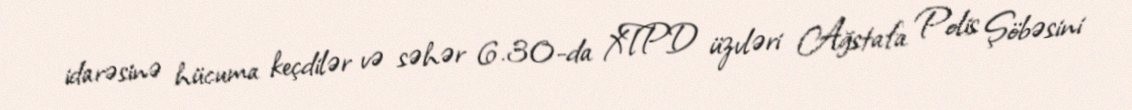
idarəsinə hücuma keçdilər və səhər 6.30-da XTPD üzvləri Ağstafa Polis Şöbəsini